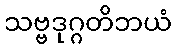
သဗ္ဗဒုဂ္ဂတိဘယံ